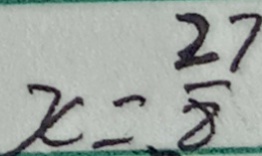
x = \frac { 2 7 } { 8 }